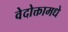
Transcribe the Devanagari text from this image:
वेदोक्तामधे